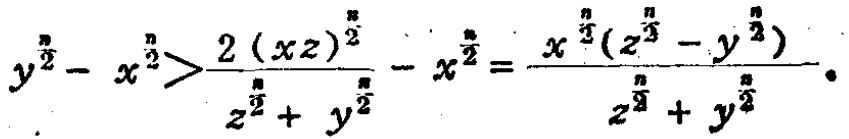
$y^{\frac{n}{2}} - x^{\frac{n}{2}}>\frac{2(xz)^{\frac{n}{2}}}{z^{\frac{n}{2}} + y^{\frac{n}{2}}} - x^{\frac{n}{2}}=\frac{x^{\frac{n}{2}}(z^{\frac{n}{2}} - y^{\frac{n}{2}})}{z^{\frac{n}{2}} + y^{\frac{n}{2}}}\cdot$